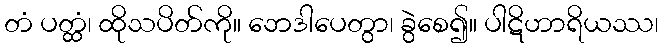
တံ ပတ္ထံ၊ ထိုသပိတ်ကို။ ဘေဒါပေတွာ၊ ခွဲစေ၍။ ပါဋိဟာရိယဿ၊